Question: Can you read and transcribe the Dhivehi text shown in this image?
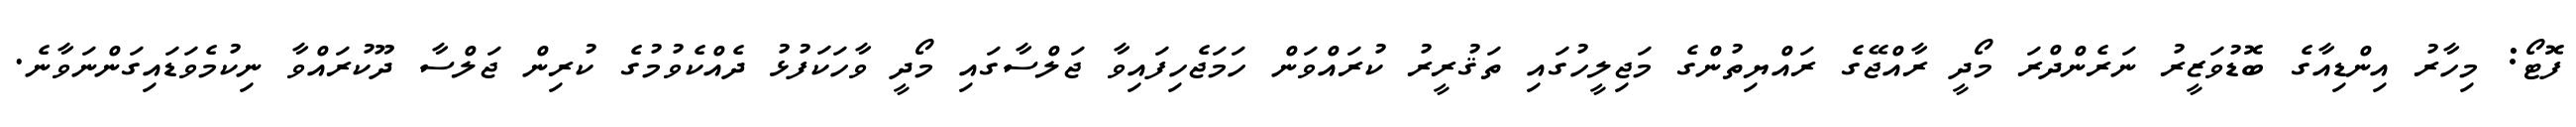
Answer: ފޮޓޯ: މިހާރު އިންޑިއާގެ ބޮޑުވަޒީރު ނަރެންދްރަ މޯދީ ރާއްޖޭގެ ރައްޔިތުންގެ މަޖިލީހުގައި ތަޤުރީރު ކުރައްވަން ހަމަޖެހިފައިވާ ޖަލްސާގައި މޯދީ ވާހަކަފުޅު ދެއްކެވުމުގެ ކުރިން ޖަލްސާ ދޫކުރައްވާ ނިކުމެވަޑައިގަންނަވާނެ.